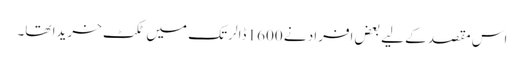
اس مقصد کے لیے بعض افراد نے 1600 ڈالر تک میں ٹکٹ خریدا تھا۔